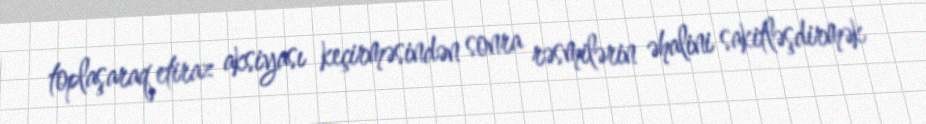
toplaşaraq etiraz aksiyası keçirməsindən sonra rəsmilərin əhalini sakitləşdirmək